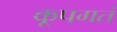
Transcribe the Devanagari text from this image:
कूपगतं